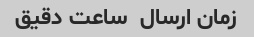
زمان ارسال  ساعت دقیق